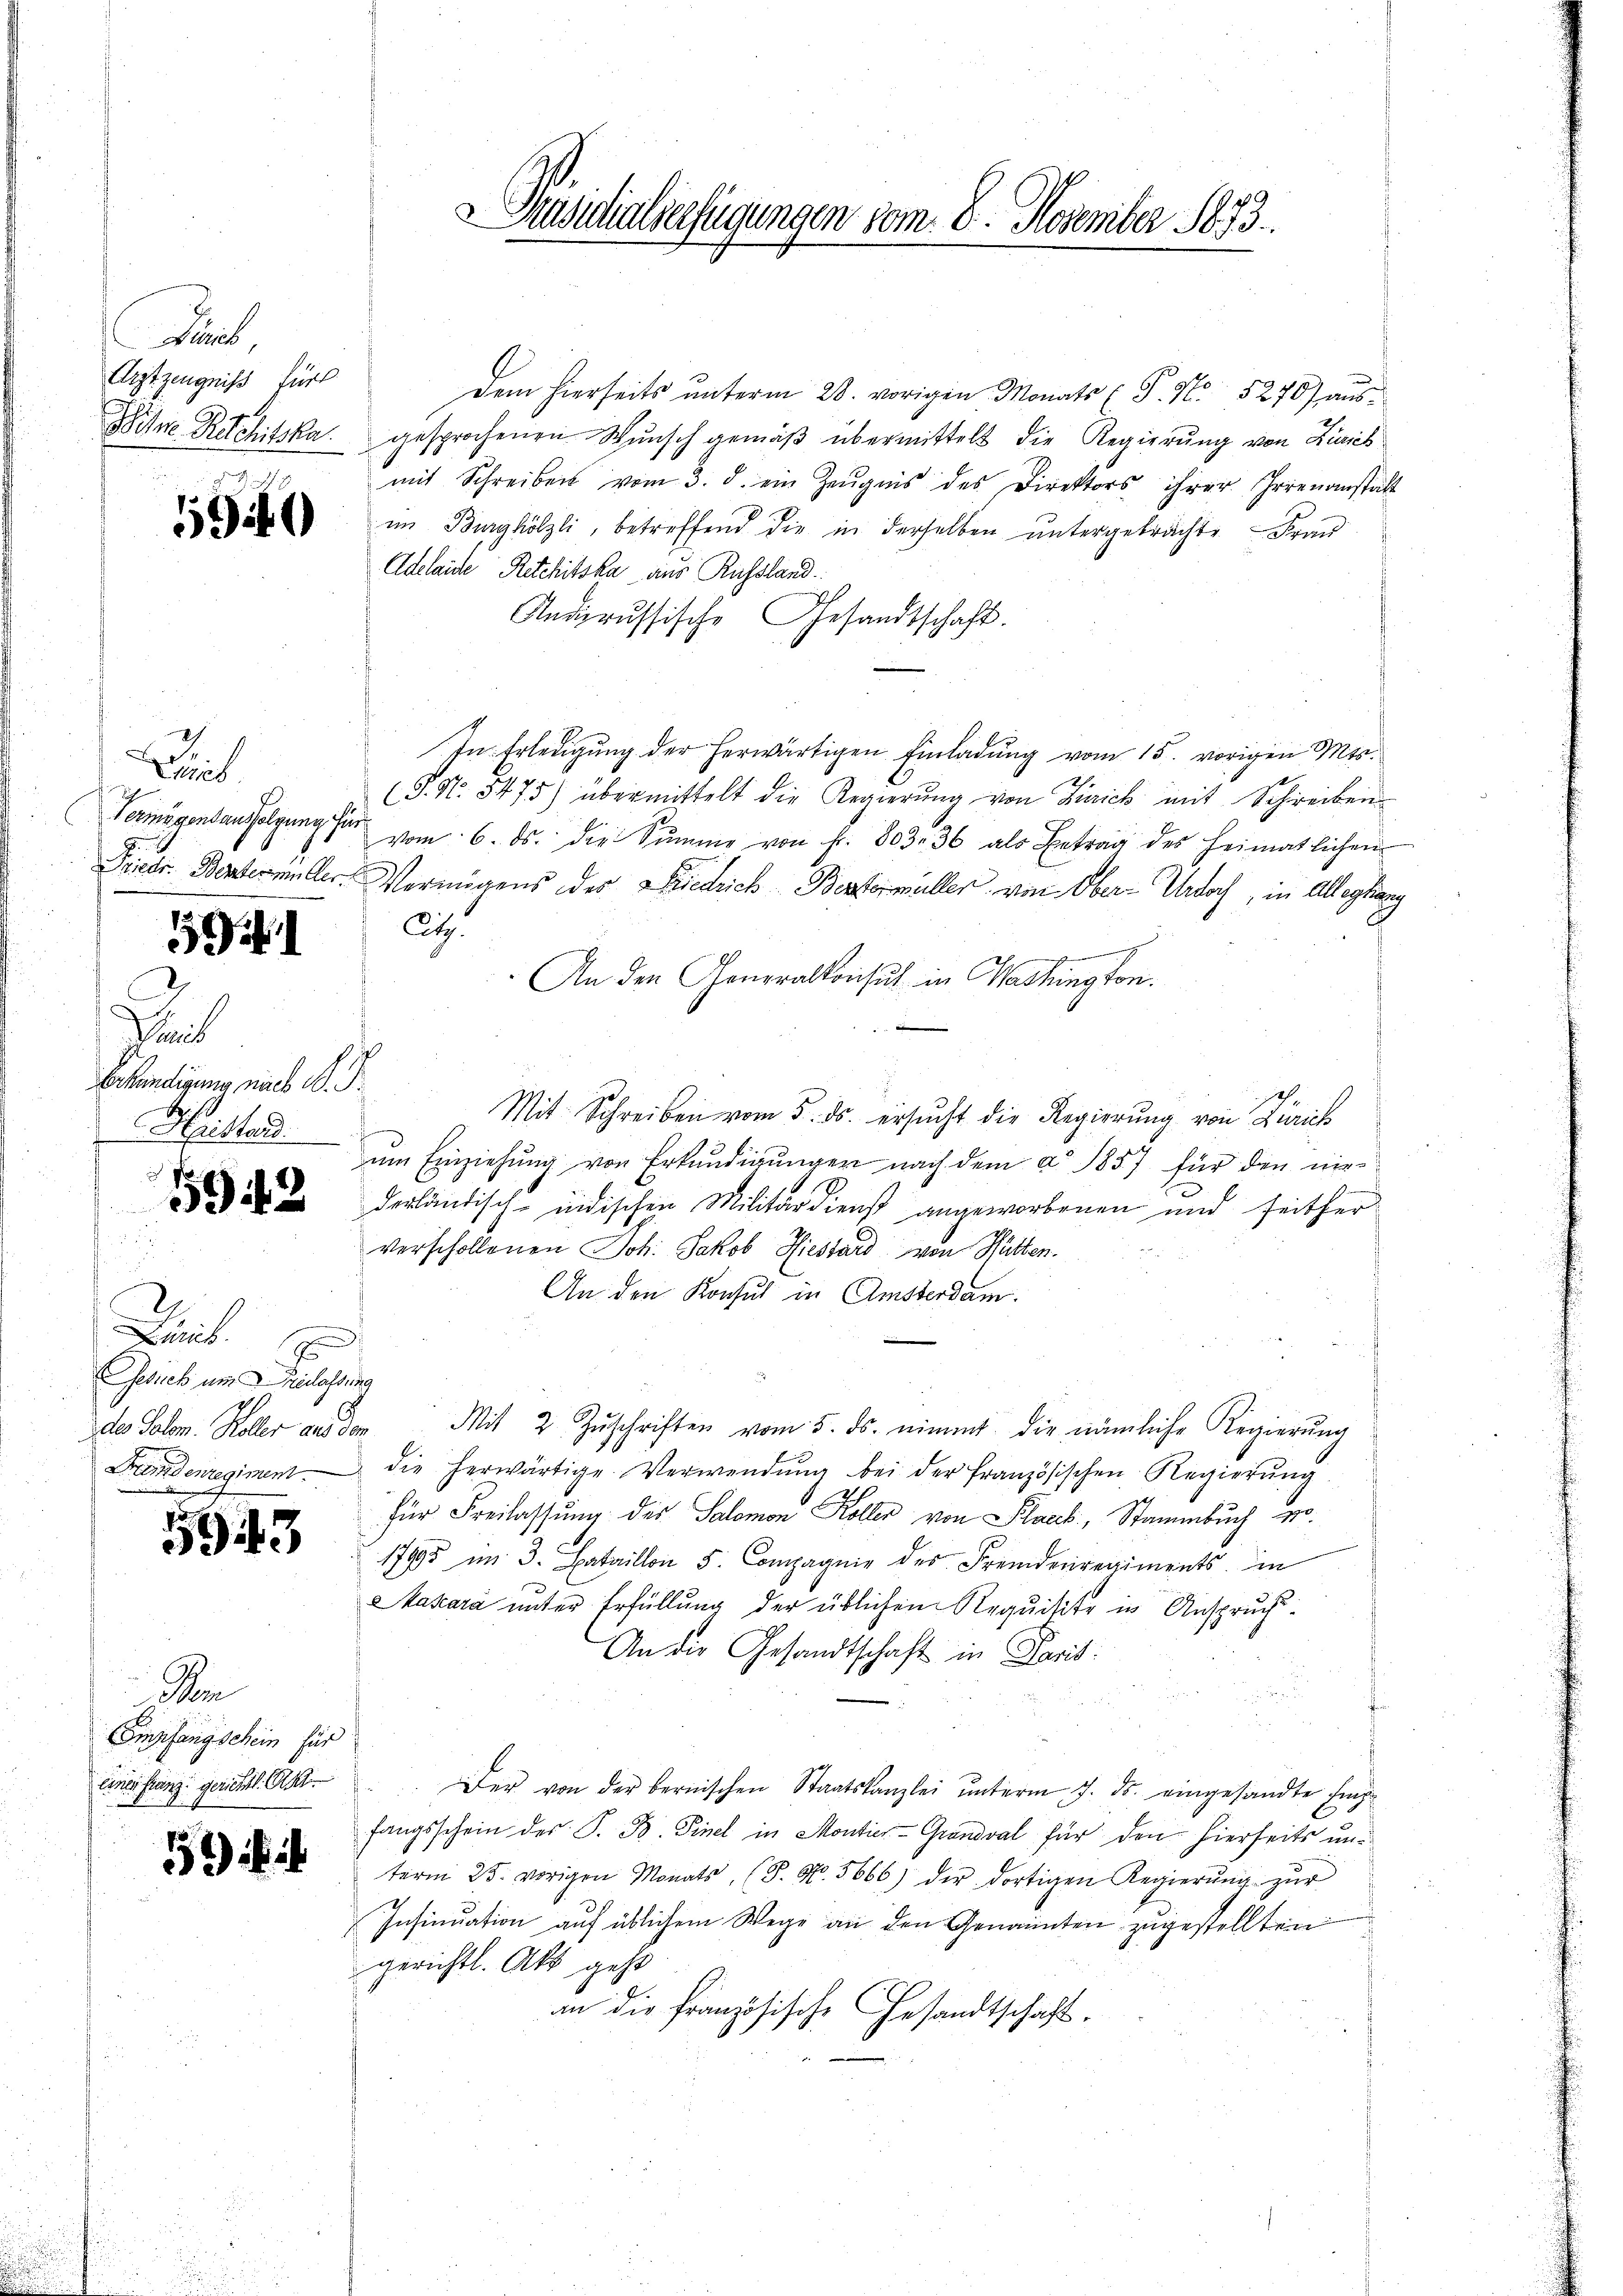
Zurb
Arztzeugniß für
Piser Rechtska

6940

Laus

51

Dris
Bekündigung nach P. G.
Hristand.

1942

2
Zürich.
Gesuch um relassung
Brandenregiment
u

5943

m
Empfangschein für
einer Franz gerichtl. A

59 f 4

Präsidialverfügungen vom 8. November 1873.

Dem hierseits ŭnterm 28. vorigen Monats (P. Nr. 5270 aŭs-
gesprochenen Wunsch gemäß übermittelt die Regierung von Zürich
mit Schreiben vom 3. d. ein Zeŭgnis des Direktors ihrer Irrenanstatt
im Burghölzli, betreffend die in derselben untergebrachte Fran
Adelaide Ritchitska aus Russland.
Anderussische Gesandtschaft.
In Erledigung der herwärtigen Einladung vom 15. vorigen Mts.
(G. N. 5475) übermittelt die Regierung von Zürich mit Schreiben
Vermögensausfolgung sie vom 6. ds. die Summe von fr. 803. 36 als Betrag des Heimatlichen
Finde. Webermüller Vermögens der Diedrich Bestermüller von Ober-Urdoch, in Alleghan
ag.
An den Generalkonsuch in Washington.
Mit Schreiben vom 5. ds. ersŭcht die Regierung von Zürich
f
ŭm Einziehŭng von Erkŭndigŭngen nach dem a 1857 für den niederländisch-indischen Militärdienst angeworbenen und seither
verschollenen Joh. Jakob Hiestard von Hütten.
An den Konsul in Amsterdam.
des Solen. Koller aus dem Mit 2. Zŭschriften vom 5. ds. nimmt die nämliche Regierŭng
die herwärtige Verwendŭng bei der französischen Regierŭng
für Freilassung des Salomon Koller von Plack, Stammbuch wo
17995 im 3. Bataillon 5. Compagnie des Fremdenregiments in
Mazara unter Erfüllung der üblichen Requisite in Anspruch¬
An die Gesandtschaft in Paris
Der von der bernischen Staatskanzlei ŭnterm 7. ds. eingesandte Ein-
fangsschein des P. B. Finel in Montier-Grandval für den hierseits unterm 25. vorigen Monats (S. Nr. 5666) der dortigen Regierŭng zŭr
Insinuation auf üblichem Wege an den Genannten zugestellten
gerichtl. Akt gehe
an die Französische Gesandtschaft.